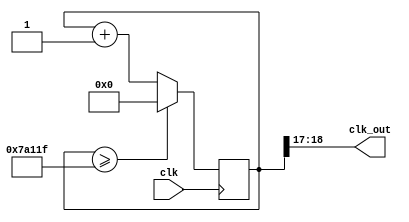
module CLK_DIV(input clk,
output [1:0] clk_out
);
reg [19:0]count=20'd0;
reg [19:0]divisor=20'd500000;
always @(posedge clk)
begin
   count <= count + 1;
   if(count >= (divisor-1))
      count<=20'd0;
      //clk_out <= (count<divisor/2)?1'b1:1'b0;
end

assign clk_out = count[18:17];
endmodule